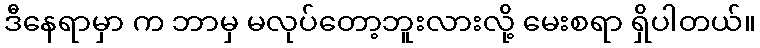
ဒီနေရာမှာ က ဘာမှ မလုပ်တော့ဘူးလားလို့ မေးစရာ ရှိပါတယ်။